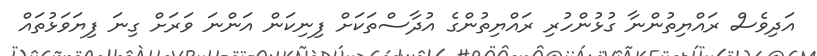
އަދިވެސް ރައްޔިތުންނާ ގުޅުންހުރި ރައްޔިތުންގެ އުދާސްތަކަށް ފިނިކަން އަންނަ ވަރަށް ގިނަ ފިޔަވަޅުތައް